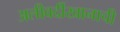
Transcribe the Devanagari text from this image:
अलीवर्दीखानाची